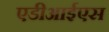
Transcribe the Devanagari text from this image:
एडीआईएस